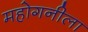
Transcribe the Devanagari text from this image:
महोगनीला